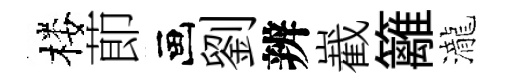
楼莭画劉辨嶻籬瀧